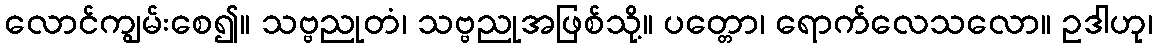
လောင်ကျွမ်းစေ၍။ သဗ္ဗညုတံ၊ သဗ္ဗညုအဖြစ်သို့။ ပတ္တော၊ ရောက်လေသလော။ ဥဒါဟု၊